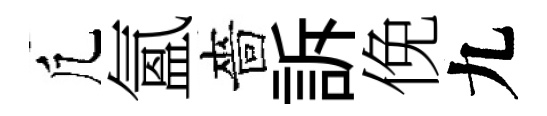
凢氳嗇訴俛九